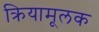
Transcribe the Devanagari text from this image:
क्रियामूलक